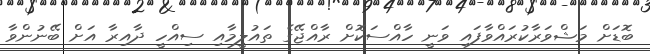
ބޮޑަށް މަޝްވަރާކުރައްވާފައި ވަނީ ހާއްސަކޮށް ރާއްޖޭގެ ތައުލީމާއި ސިއްހީ ދާއިރާ އަށް ބޭނުންވާ